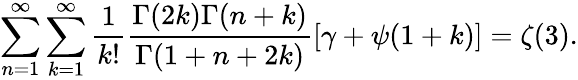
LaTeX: \sum_{n=1}^{\infty}\sum_{k=1}^{\infty}\frac{1}{k!}\frac{\Gamma(2k)\Gamma(n+k)}{\Gamma(1+n+2k)}[\gamma+\psi(1+k)]=\zeta(3).